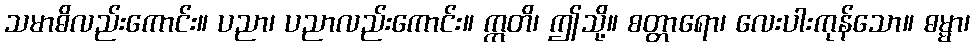
သမာဓိလည်းကောင်း။ ပညာ၊ ပညာလည်းကောင်း။ ဣတိ၊ ဤသို့။ စတ္တာရော၊ လေးပါးကုန်သော။ ဓမ္မာ၊